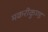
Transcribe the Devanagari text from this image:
मकरीकुण्‍ड